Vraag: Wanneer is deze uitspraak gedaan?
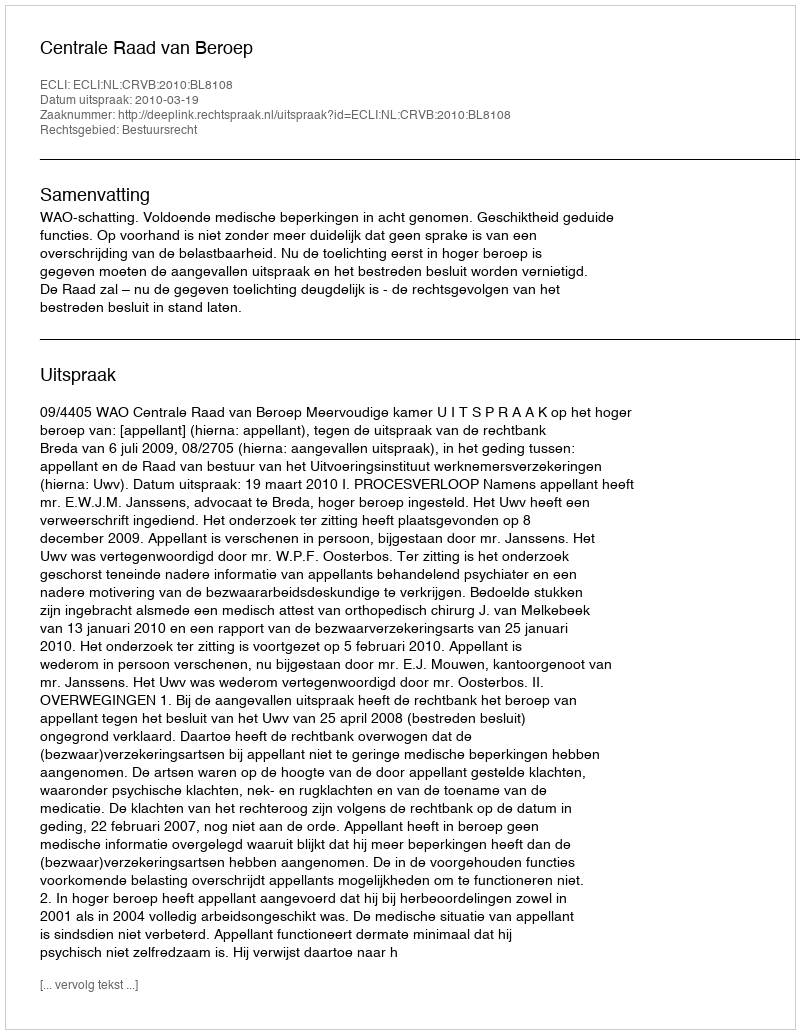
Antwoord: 2010-03-19